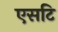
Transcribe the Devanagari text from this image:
एसटि